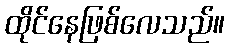
ထိုင်နေဖြစ်လေသည်။